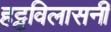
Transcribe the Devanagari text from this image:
हट्टविलासनी